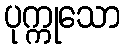
ပုက္ကုသော